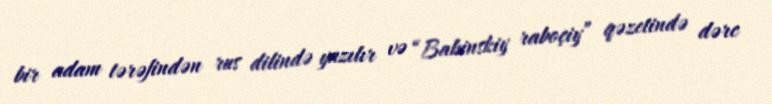
bir adam tərəfindən rus dilində yazılır və “Bakinskiy raboçiy” qəzetində dərc